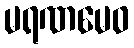
မရဏမေဝ